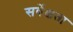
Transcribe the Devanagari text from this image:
सर्वेक्षता